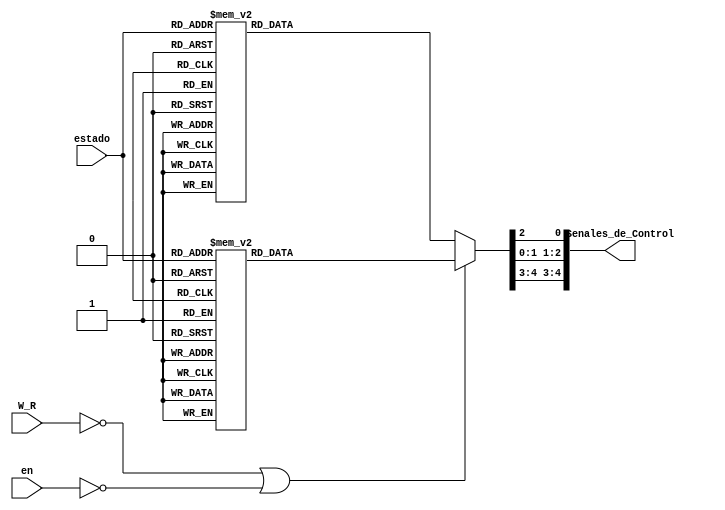
`timescale 1ns / 1ps
//////////////////////////////////////////////////////////////////////////////////
// Company: 
// Engineer: 
// 
// Design Name: 
// Module Name:    Control_de_Tiempos 
// Project Name: 
// Target Devices: 
// Tool versions: 
// Description: 
//
// Dependencies: 
//
// Revision: 
// Revision 0.01 - File Created
// Additional Comments: 
//
//////////////////////////////////////////////////////////////////////////////////
module Control_de_Tiempos(
    input W_R,
	 input en,
	 input [3:0] estado,
    output [4:0] Senales_de_Control
    );
    
	 
	 reg CS2 = 1;
	 reg RD2 = 1;
	 reg WR2 = 1;
	 reg A_D2 = 1;
	 reg c_s2 = 0;

	 assign Senales_de_Control [0] = A_D2; //jc7
	 assign Senales_de_Control [1] = CS2; //jb1
	 assign Senales_de_Control [2] = RD2; //jb3
	 assign Senales_de_Control [3] = WR2; //jb2
	 assign Senales_de_Control [4] = c_s2;
	 
	 always @(*)
	   begin
	    if (!W_R || !en)
		 begin
		    case (estado)
          4'd0: begin
					    CS2 <= 1; 
						 RD2 <= 1;
						 A_D2 <= 1;
						 WR2 <= 1;
						 c_s2 <= 1;
					 end 
          4'd1: begin 
			          CS2 <= 1; 
						 RD2 <= 1;
						 A_D2 <= 1;
						 WR2 <= 1;
						 c_s2 <= 0;
					 end 
          4'd2: begin
			          CS2 <= 1; 
						 RD2 <= 1;
						 A_D2 <= 0;
						 WR2 <= 1;
						 c_s2 <= 0;
			       end
          4'd3: begin
			          CS2 <= 0; 
						 RD2 <= 1;
						 A_D2 <= 0;
						 WR2 <= 1;
						 c_s2 <= 0;  
			       end
          4'd4: begin 
			          CS2 <= 0; 
						 RD2 <= 1;
						 A_D2 <= 0;
						 WR2 <= 0;
						 c_s2 <= 0;  
					 end
          4'd5: begin 
			          CS2 <= 0; 
						 RD2 <= 1;
						 A_D2 <= 0;
						 WR2 <= 0;
						 c_s2 <= 0; 
                end						 
          4'd6: begin 
			          CS2 <= 0; 
						 RD2 <= 1;
						 A_D2 <= 0;
						 WR2 <= 0;
						 c_s2 <= 1; 
                end						 
          4'd7: begin 
			          CS2 <= 0; 
						 RD2 <= 1;
						 A_D2 <= 0;
						 WR2 <= 1;
						 c_s2 <= 1; 
                end						 
          4'd8: begin 
			          CS2 <= 1; 
						 RD2 <= 1;
						 A_D2 <= 0;
						 WR2 <= 1;
						 c_s2 <= 1; 
					 end 
          4'd9: begin 
			          CS2 <= 1; 
						 RD2 <= 1;
						 A_D2 <= 1;
						 WR2 <= 1;
						 c_s2 <= 1; 
					 end 
          4'd10: begin 
			          CS2 <= 1; 
						 RD2 <= 1;
						 A_D2 <= 1;
						 WR2 <= 1;
						 c_s2 <= 0; 
					  end
          4'd11: begin 
			          CS2 <= 0; 
						 RD2 <= 1;
						 A_D2 <= 1;
						 WR2 <= 1;
						 c_s2 <= 0; 
					  end 
          4'd12: begin 
			          CS2 <= 0; 
						 RD2 <= 1;
						 A_D2 <= 1;
						 WR2 <= 0;
						 c_s2 <= 0; 
                 end						 
          4'd13: begin 
			          CS2 <= 0; 
						 RD2 <= 1;
						 A_D2 <= 1;
						 WR2 <= 0;
						 c_s2 <= 1; 
					  end 
          4'd14: begin 
			          CS2 <= 0; 
						 RD2 <= 1;
						 A_D2 <= 1;
						 WR2 <= 1;
						 c_s2 <= 1; 	
                 end 						 
          default: begin
							 CS2 <= 1; 
						    RD2 <= 1;
						    A_D2 <= 1;
						    WR2 <= 1;
							 c_s2 <= 0;
			          end 
          endcase			 
		 end
		 else
		 begin
		    case (estado)
          4'd0: begin
			          CS2 <= 1;
					    RD2 <= 1;
						 A_D2 <= 1;
						 WR2 <= 1;
						 c_s2 <= 1;
                end 				 
          4'd1: begin 
			          CS2 <= 1;
					    RD2 <= 1;
						 A_D2 <= 1;
						 WR2 <= 1;
						 c_s2 <= 0;
                end
          4'd2: begin 
			          CS2 <= 1;
					    RD2 <= 1;
						 A_D2 <= 0;
						 WR2 <= 1;
						 c_s2 <= 0;
					 end
          4'd3: begin 
			          CS2 <= 0;
					    RD2 <= 1;
						 A_D2 <= 0;
						 WR2 <= 1;
						 c_s2 <= 0; 
					 end
          4'd4: begin 
			          CS2 <= 0;
					    RD2 <= 1;
						 A_D2 <= 0;
						 WR2 <= 0;
						 c_s2 <= 0; 
					 end
			 4'd5: begin 
			          CS2 <= 0;
					    RD2 <= 1;
						 A_D2 <= 0;
						 WR2 <= 0;
						 c_s2 <= 0;
					 end
          4'd6: begin 
			          CS2 <= 0;
					    RD2 <= 1;
						 A_D2 <= 0;
						 WR2 <= 0;
						 c_s2 <= 1;
                end						 
          4'd7: begin 
			          CS2 <= 0;
					    RD2 <= 1;
						 A_D2 <= 0;
						 WR2 <= 1;
						 c_s2 <= 1; 
					 end
          4'd8: begin 
			          CS2 <= 1;
					    RD2 <= 1;
						 A_D2 <= 0;
						 WR2 <= 1;
						 c_s2 <= 1; 
					 end
          4'd9: begin 
			          CS2 <= 1;
					    RD2 <= 1;
						 A_D2 <= 1;
						 WR2 <= 1;
						 c_s2 <= 1; 
					 end
          4'd10: begin 
			          CS2 <= 1;
					    RD2 <= 1;
						 A_D2 <= 1;
						 WR2 <= 1;
						 c_s2 <= 0; 
                 end						 
          4'd11: begin 
			          CS2 <= 0;
					    RD2 <= 1;
						 A_D2 <= 1;
						 WR2 <= 1;
						 c_s2 <= 0; 
					  end
          4'd12: begin 
			          CS2 <= 0;
					    RD2 <= 0;
						 A_D2 <= 1;
						 WR2 <= 1;
						 c_s2 <= 0; 
					  end
          4'd13: begin 
			          CS2 <= 0;
					    RD2 <= 0;
						 A_D2 <= 1;
						 WR2 <= 1;
						 c_s2 <= 1; 
					  end
          4'd14: begin 
			          CS2 <= 0;
					    RD2 <= 1;
						 A_D2 <= 1;
						 WR2 <= 1;
						 c_s2 <= 1; 
					  end
          default: begin
							 CS2 <= 1; 
						    RD2 <= 1;
						    A_D2 <= 1;
						    WR2 <= 1;
							 c_s2 <= 0;
			          end
          endcase		
		 end
	  end 
endmodule